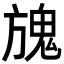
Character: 𩲌